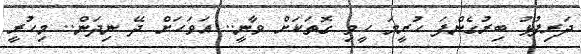
ދަރިފުޅު ބިރުގެންފަ ހުރީމަ ހީވި ގޮތަކަށް ވާނީ.. އަވަހަށް ދޭ ނިދަން.. މިހުރީ